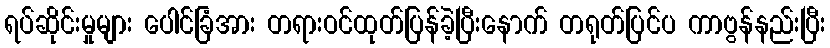
ရပ်ဆိုင်းမှုများ ပေါင်ခြံအား တရားဝင်ထုတ်ပြန်ခဲ့ပြီးနောက် တရုတ်ပြင်ပ ကာဗွန်နည်းပြီး